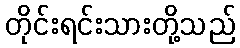
တိုင်းရင်းသားတို့သည်